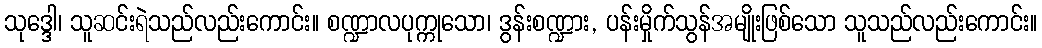
သုဒ္ဒေါ၊ သူဆင်းရဲသည်လည်းကောင်း။ စဏ္ဍာလပုက္ကုသော၊ ဒွန်းစဏ္ဍား, ပန်းမှိုက်သွန်အမျိုးဖြစ်သော သူသည်လည်းကောင်း။